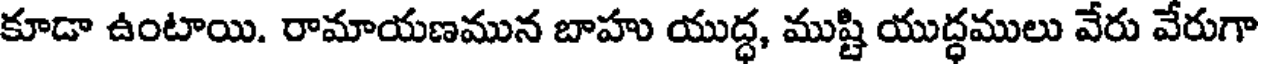
కూడా ఉంటాయి. రామాయణమున బాహు యుద్ధ, ముష్టి యుద్ధములు వేరు వేరుగా